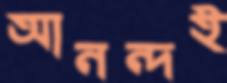
আনন্দই